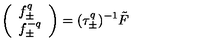
\left( \begin{array} { l } { f _ { \pm } ^ { q } } \\ { f _ { \pm } ^ { - q } } \\ \end{array} \right) = ( \tau _ { \pm } ^ { q } ) ^ { - 1 } \tilde { F }